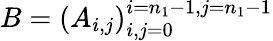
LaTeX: B=\left(A_{i,j}\right)_{i,j=0}^{i=n_{1}-1,j=n_{1}-1}